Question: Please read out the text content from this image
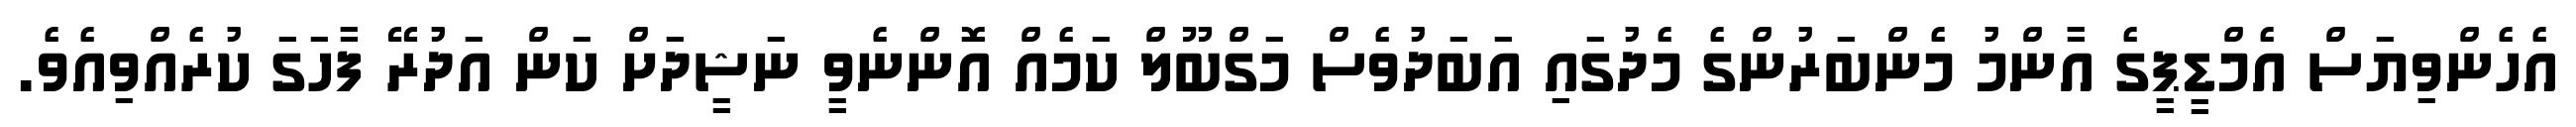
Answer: އެހެންވިޔަސް އެމްޑީޕީގެ އާންމު މެންބަރުންގެ މެދުގައި އަބަދުވެސް މަގްބޫލް ކަމެއް އޮންނެވީ ނަޝީދަށް ކަން އަދުރޭ ފާހަގަ ކުރެއްވިއެވެ.